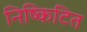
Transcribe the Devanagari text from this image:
निष्किटित